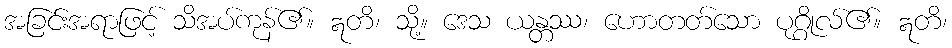
အခြင်းအရာဖြင့် သိအပ်ကုန်၏။ ဣတိ၊ သို့။ ဒေသ ယန္တဿ၊ ဟောတတ်သော ပုဂ္ဂိုလ်၏။ ဣတိ၊